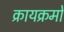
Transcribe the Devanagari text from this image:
क्रायक्रमों